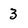
Character: 3